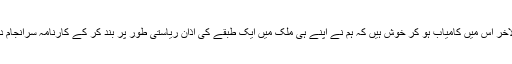
اور بالاخر اس میں کامیاب ہو کر خوش ہیں کہ ہم نے اپنے ہی ملک میں ایک طبقے کی اذان ریاستی طور پر بند کر کے کارنامہ سرانجام دے دیا۔